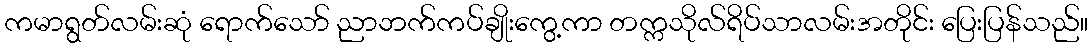
ကမာရွတ်လမ်းဆုံ ရောက်သော် ညာဘက်ကပ်ချိုးကွေ့ကာ တက္ကသိုလ်ရိပ်သာလမ်းအတိုင်း ပြေးပြန်သည်။